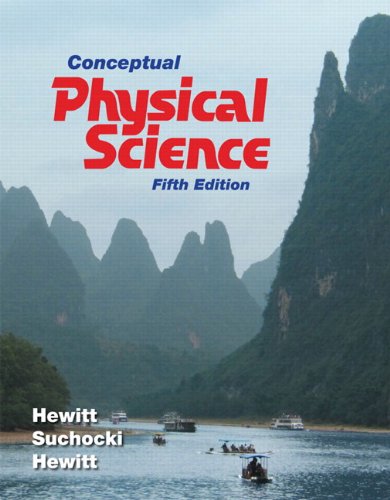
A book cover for Conceptual Physical Science (5th Edition); Paul G. Hewitt; Science & Math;